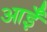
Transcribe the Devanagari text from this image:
आईँ